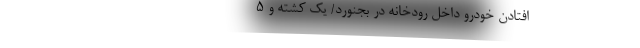
----------------- افتادن خودرو داخل رودخانه در بجنورد/ یک کشته و 5